Annual report of the Imperial Bacteriologist
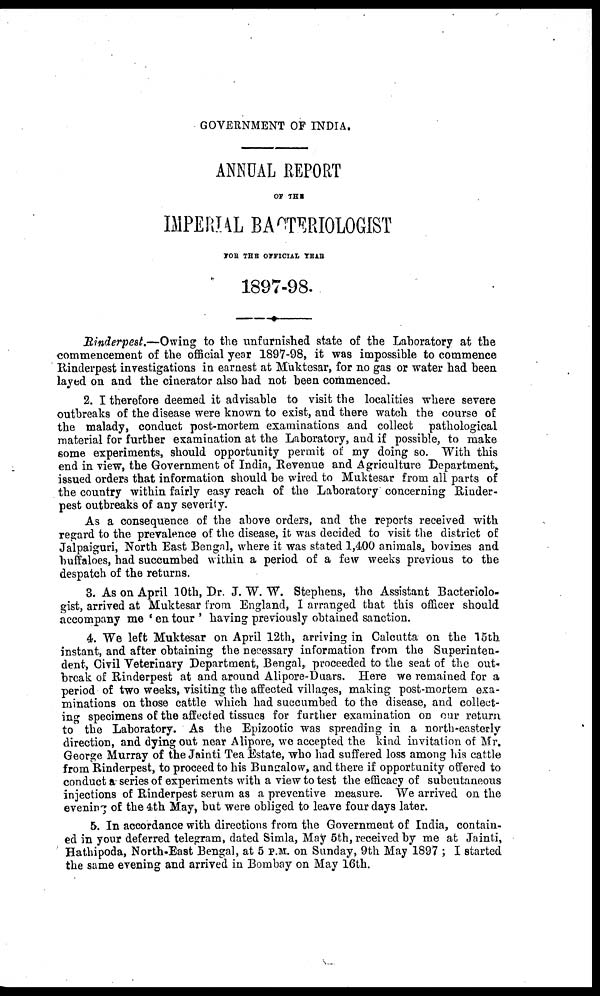
GOVERNMENT OF INDIA.
ANNUAL REPORT
OF THE
IMPERIAL BACTERIOLOGIST
FOR THE OFFICIAL YEAR
1897-98.
Rinderpest.—Owing to the unfurnished state of the Laboratory at the
commencement of the official year 1897-98, it was impossible to commence
Rinderpest investigations in earnest at Muktesar, for no gas or water had been
layed on and the cinerator also had not been commenced.
2. I therefore deemed it advisable to visit the localities where severe
outbreaks of the disease were known to exist, and there watch the course of
the malady, conduct post-mortem examinations and collect pathological
material for further examination at the Laboratory, and if possible, to make
some experiments, should opportunity permit of my doing so. With this
end in view, the Government of India, Revenue and Agriculture Department,
issued orders that information should be wired to Muktesar from all parts of
the country within fairly easy reach of the Laboratory concerning Rinder-
pest outbreaks of any severity.
As a consequence of the above orders, and the reports received with
regard to the prevalence of the disease, it was decided to visit the district of
Jalpaiguri, North East Bengal, where it was stated 1,400 animals, bovines and
buffaloes, had succumbed within a period of a few weeks previous to the
despatch of the returns.
3. As on April 10th, Dr. J. W. W. Stephens, the Assistant Bacteriolo-
gist, arrived at Muktesar from England, I arranged that this officer should
accompany me ' en tour ' having previously obtained sanction.
4. We left Muktesar on April 12th, arriving in Calcutta on the 15th
instant, and after obtaining the necessary information from the Superinten-
dent, Civil Veterinary Department, Bengal, proceeded to the seat of the out-
break of Rinderpest at and around Alipore-Duars. Here we remained for a
period of two weeks, visiting the affected villages, making post-mortem exa-
minations on those cattle which had succumbed to the disease, and collect-
ing specimens of the affected tissues for further examination on our return
to the Laboratory. As the Epizootic was spreading in a north-easterly
direction, and dying out near Alipore, we accepted the kind invitation of Mr.
George Murray of the Jainti Tea Estate, who had suffered loss among his cattle
from Rinderpest, to proceed to his Bungalow, and there if opportunity offered to
conduct a series of experiments with a view to test the efficacy of subcutaneous
injections of Rinderpest serum as a preventive measure. We arrived on the
evening of the 4th May, but were obliged to leave four days later.
5. In accordance with directions from the Government of India, contain-
ed in your deferred telegram, dated Simla, May 5th, received by me at Jainti,
Hathipoda, North-East Bengal, at 5 P.M. on Sunday, 9th May 1897 ; I started
the same evening and arrived in Bombay on May 16th.